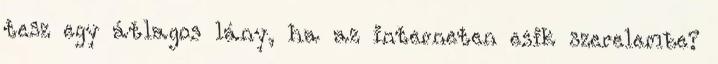
tesz egy átlagos lány, ha az interneten esik szerelembe?